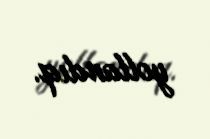
yollandıq.